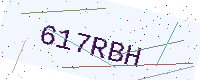
Text: 617RBH